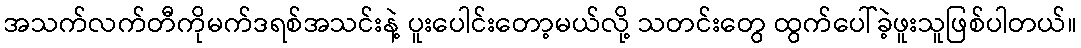
အသက်လက်တီကိုမက်ဒရစ်အသင်းနဲ့ ပူးပေါင်းတော့မယ်လို့ သတင်းတွေ ထွက်ပေါ်ခဲ့ဖူးသူဖြစ်ပါတယ်။